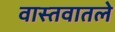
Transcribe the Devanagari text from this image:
वास्तवातले